Civil Veterinary Dept. Bombay admin report 1932-41 - 1932-1941
Year: 1932
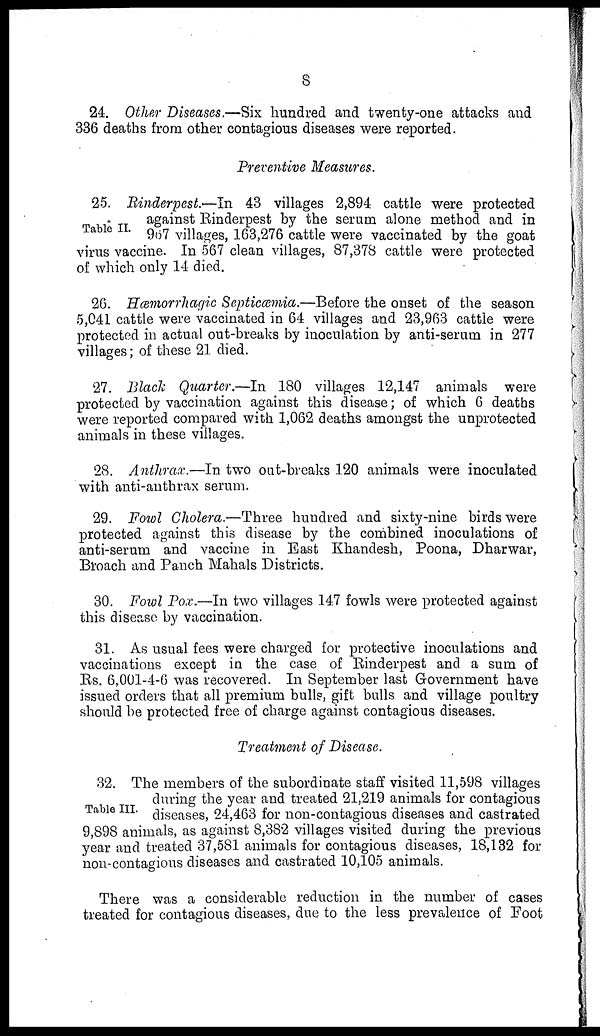
8
24. Other Diseases.—Six hundred and twenty-one attacks and
336 deaths from other contagious diseases were reported.
Preventive Measures.
Table II.
25. Rinderpest.—In 43 villages 2,894 cattle were protected
against Rinderpest by the serum alone method and in
967 villages, 163,276 cattle were vaccinated by the goat
virus vaccine. In 567 clean villages, 87,378 cattle were protected
of which only 14 died.
26. Hæmorrhagic Septicæmia.—Before the onset of the season
5,041 cattle were vaccinated in 64 villages and 23,963 cattle were
protected in actual out-breaks by inoculation by anti-serum in 277
villages; of these 21 died.
27. Black Quarter.—In 180 villages 12,147 animals were
protected by vaccination against this disease; of which 6 deaths
were reported compared with 1,062 deaths amongst the unprotected
animals in these villages.
28. Anthrax.—In two out-breaks 120 animals were inoculated
with anti-anthrax serum.
29. Fowl Cholera.—Three hundred and sixty-nine birds were
protected against this disease by the combined inoculations of
anti-serum and vaccine in East Khandesh, Poona, Dharwar,
Broach and Panch Mahals Districts.
30. Fowl Pox.—In two villages 147 fowls were protected against
this disease by vaccination.
31. As usual fees were charged for protective inoculations and
vaccinations except in the case of Rinderpest and a sum of
Rs. 6,001-4-6 was recovered. In September last Government have
issued orders that all premium bulls, gift bulls and village poultry
should be protected free of charge against contagious diseases.
Treatment of Disease.
Table III.
32. The members of the subordinate staff visited 11,598 villages
during the year and treated 21,219 animals for contagious
diseases, 24,463 for non-contagious diseases and castrated
9,898 animals, as against 8,382 villages visited during the previous
year and treated 37,581 animals for contagious diseases, 18,132 for
non-contagious diseases and castrated 10,105 animals.
There was a considerable reduction in the number of cases
treated for contagious diseases, due to the less prevalence of Foot